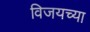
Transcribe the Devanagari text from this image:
विजयच्या